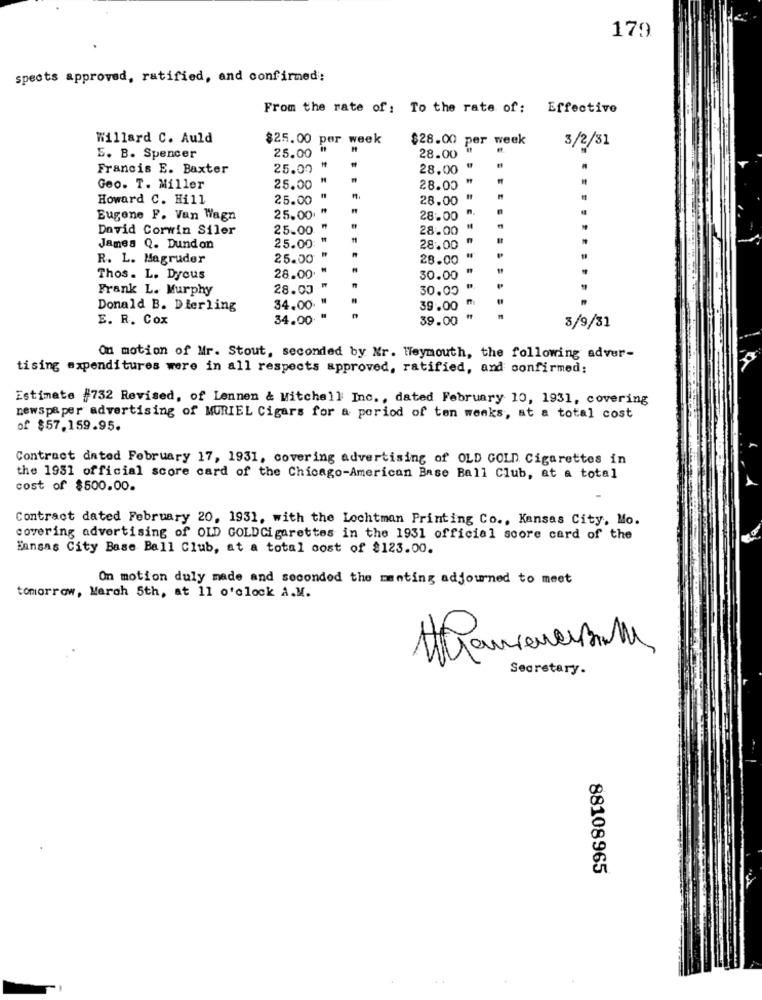
179
spects approved, ratified, and confirmed:
From the rate of: To the rate of: Effective
Willard C. Auld
$25.00 per week
$28.00 per week
3/2/31
E. B. Spencer
25.00
28.00
Francis E. Baxter
25.00
28.00
Geo. T. Miller
25.00
28.00
Howard C. Hill
25.00
28.00
Eugene F. Van Wagn
25.00
28.00
David Corwin Siler
25.00
28.00
James Q. Dundon
25.00
28.00
R. L. Magruder
25.00
28.00
Thos. L. Dyous
28.00
30.00
Frank L. Murphy
28.00
30.00
Donald B. Dierling
34.00
39.00
E. R. Cox
34.00
39.00
3/9/31
On motion of Mr. Stout, seconded by Nr. Weymouth, the following adver-
tising expenditures were in all respects approved, ratified, and confirmed;
Estimate #732 Revised, of Lennen & Mitchell Inc. , dated February 10, 1931, covering
newspaper advertising of MURIEL Cigars for a period of ten weeks, at a total cost
of $57,159.95.
Contract dated February 17, 1931, covering advertising of OLD GOLD Cigarettes in
the 1931 official score card of the Chicago-American Base Ball Club, at a total
cost of $500.00.
Contract dated February 20, 1931, with the Lochtman Printing Co ., Kansas City, Mo.
covering advertising of OLD GOLDCigarettes in the 1931 official score card of the
Ennsas City Base Ball Club, at a total cost of $123.00.
On motion duly made and secondod the mating adjourned to meet
tomorrow, March 5th, at 11 o'clock A.M.
Secretary.
88108965